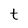
Character: t